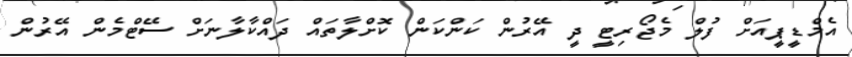
އެމްޑީޕީއަށް ފުލް މެޖޯރިޓީ ދީ އޭރުން ކަންކަން ކޮށްލާތައް ދައްކާލާނަށް ސޭޓްމެން އޭރުން